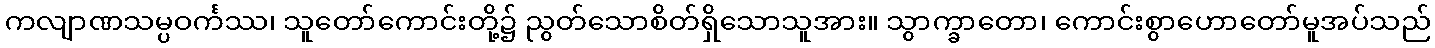
ကလျာဏသမ္ပဝင်္ကဿ၊ သူတော်ကောင်းတို့၌ ညွတ်သောစိတ်ရှိသောသူအား။ သွာက္ခာတော၊ ကောင်းစွာဟောတော်မူအပ်သည်